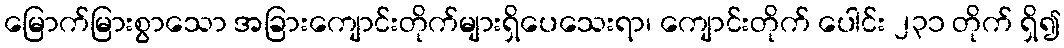
မြောက်မြားစွာသော အခြားကျောင်းတိုက်များရှိပေသေးရာ၊ ကျောင်းတိုက် ပေါင်း ၂၃၁ တိုက် ရှိ၍